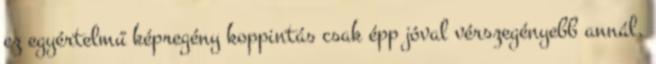
ez egyértelmű képregény koppintás csak épp jóval vérszegényebb annál.